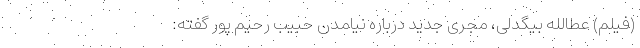
(فیلم) عطالله بیگدلی، مجری جدید درباره نیامدن حبیب رحیم پور گفته: